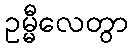
ဥမ္မီလေတွာ